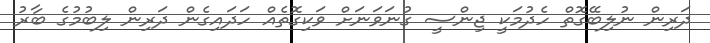
ދަރިން ނުލިބޭގޮތް ހެދުމަކީ ޖިންސީ ގުނަވަނަށް ވަކިގޮތެއް ހަދައިގެން ދަރިން ލިބުމުގެ ބާރު